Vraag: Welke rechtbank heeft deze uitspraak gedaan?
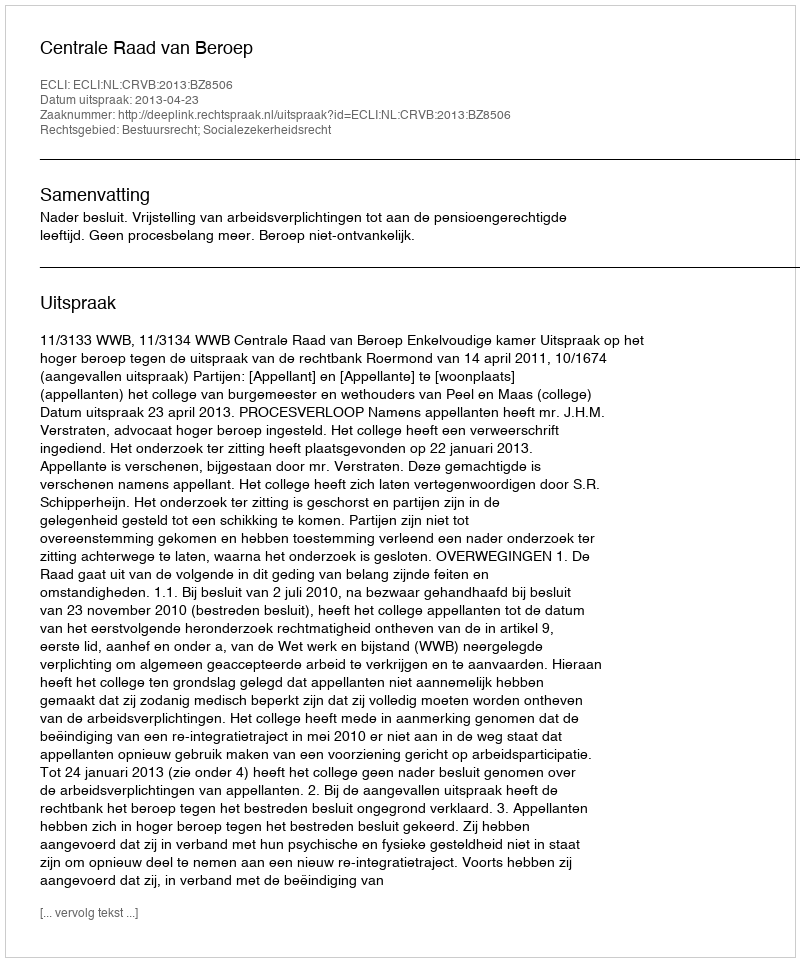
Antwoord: Centrale Raad van Beroep